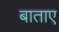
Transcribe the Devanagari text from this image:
बाताए